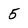
Character: 5